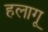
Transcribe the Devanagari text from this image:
हलागू